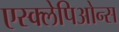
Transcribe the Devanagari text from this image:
एस्क्लेपिओन्स